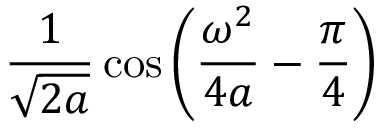
{ \frac { 1 } { \sqrt { 2 a } } } \cos \left( { \frac { \omega ^ { 2 } } { 4 a } } - { \frac { \pi } { 4 } } \right)